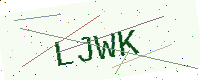
Text: LJWK